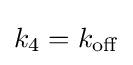
k_{4}=k_{\mathrm {off} }